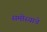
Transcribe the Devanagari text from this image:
समोस्याचे